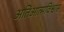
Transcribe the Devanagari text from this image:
अतिआत्मविश्वास